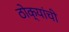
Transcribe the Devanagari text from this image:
ठोक्यांची